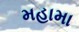
મહામા